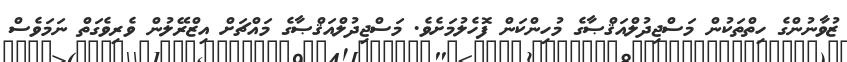
ޒުވާނުންގެ ހިތްތަކުން މަސްޖިދުލްއަޤްޞާގެ މުހިންކަން ފޮހެލުމަށެވެ. މަސްޖިދުލްއަޤްޞާގެ މައްޗަށް އިޒްރޭލުން ވެރިވެގަތް ނަމަވެސް